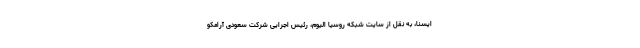
ایسنا، به نقل از سایت شبکه روسیا الیوم، رئیس اجرایی شرکت سعودی آرامکو